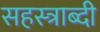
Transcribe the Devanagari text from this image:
सहस्‍त्राब्दी